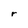
Character: r